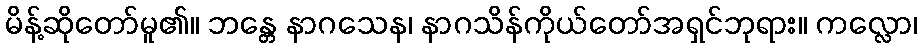
မိန့်ဆိုတော်မူ၏။ ဘန္တေ နာဂသေန၊ နာဂသိန်ကိုယ်တော်အရှင်ဘုရား။ ကလ္လော၊